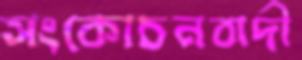
সংকোচনবাদী